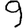
Digit: 9